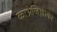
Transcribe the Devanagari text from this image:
काभ्रेजिल्लाका